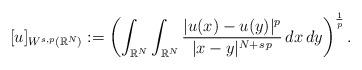
LaTeX: \begin{align*}[u]_{W^{s,p}(\mathbb{R}^N)}:=\left(\int_{\mathbb{R}^N}\int_{\mathbb{R}^{N}}\frac{|u(x)-u(y)|^p}{|x-y|^{N+s\,p}}\,dx\,dy\right)^\frac{1}{p}.\end{align*}